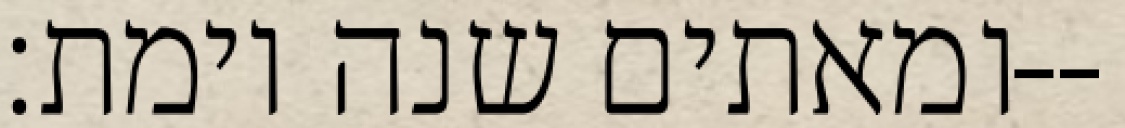
ומאתים שנה וימת׃--